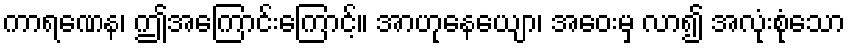
ကာရဏေန၊ ဤအကြောင်းကြောင့်။ အာဟုနေယျော၊ အဝေးမှ လာ၍ အလုံးစုံသော